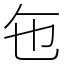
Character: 㐌